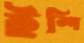
ইশি